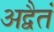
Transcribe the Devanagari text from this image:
अद्वैतं